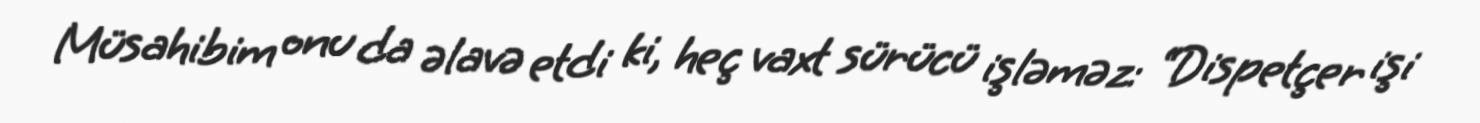
Müsahibim onu da əlavə etdi ki, heç vaxt sürücü işləməz: “Dispetçer işi